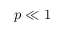
p \ll 1